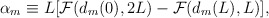
\begin{align*}{\alpha}_m \equiv L [ {\cal F}(d_m(0),2L) -{\cal F}(d_m(L),L) ],\end{align*}